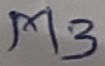
Text: M3